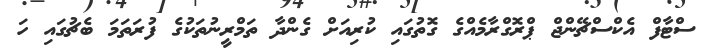
ސްޓާފް އެކްސްޗޭންޖް ޕްރޮގްރާމެއްގެ ގޮތުގައި ކުރިއަށް ގެންދާ ތަމްރީނުތަކުގެ ފުރަތަމަ ބެޗުގައި ހަ